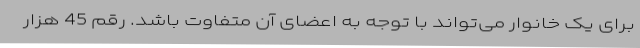
برای یک خانوار می‌تواند با توجه به اعضای آن متفاوت باشد. رقم 45 هزار